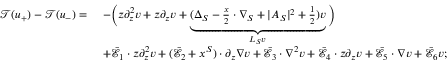
\begin{array} { r l } { \mathscr { T } ( u _ { + } ) - \mathscr { T } ( u _ { - } ) = } & { \ - \Big ( z \partial _ { z } ^ { 2 } v + z \partial _ { z } v + \underbrace { ( \Delta _ { S } - \frac { x } { 2 } \cdot \nabla _ { S } + | A _ { S } | ^ { 2 } + \frac { 1 } { 2 } ) v } _ { L _ { S } v } \Big ) } \\ & { \ + \bar { \mathcal { E } _ { 1 } } \cdot z \partial _ { z } ^ { 2 } v + ( \bar { \mathcal { E } _ { 2 } } + x ^ { S } ) \cdot \partial _ { z } \nabla v + \bar { \mathcal { E } _ { 3 } } \cdot \nabla ^ { 2 } v + \bar { \mathcal { E } _ { 4 } } \cdot z \partial _ { z } v + \bar { \mathcal { E } _ { 5 } } \cdot \nabla v + \bar { \mathcal { E } _ { 6 } } v ; } \end{array}